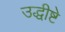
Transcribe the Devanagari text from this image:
उद्धीष्टे